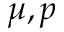
\mu , p